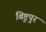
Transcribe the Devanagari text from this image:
बिष्टुपुर